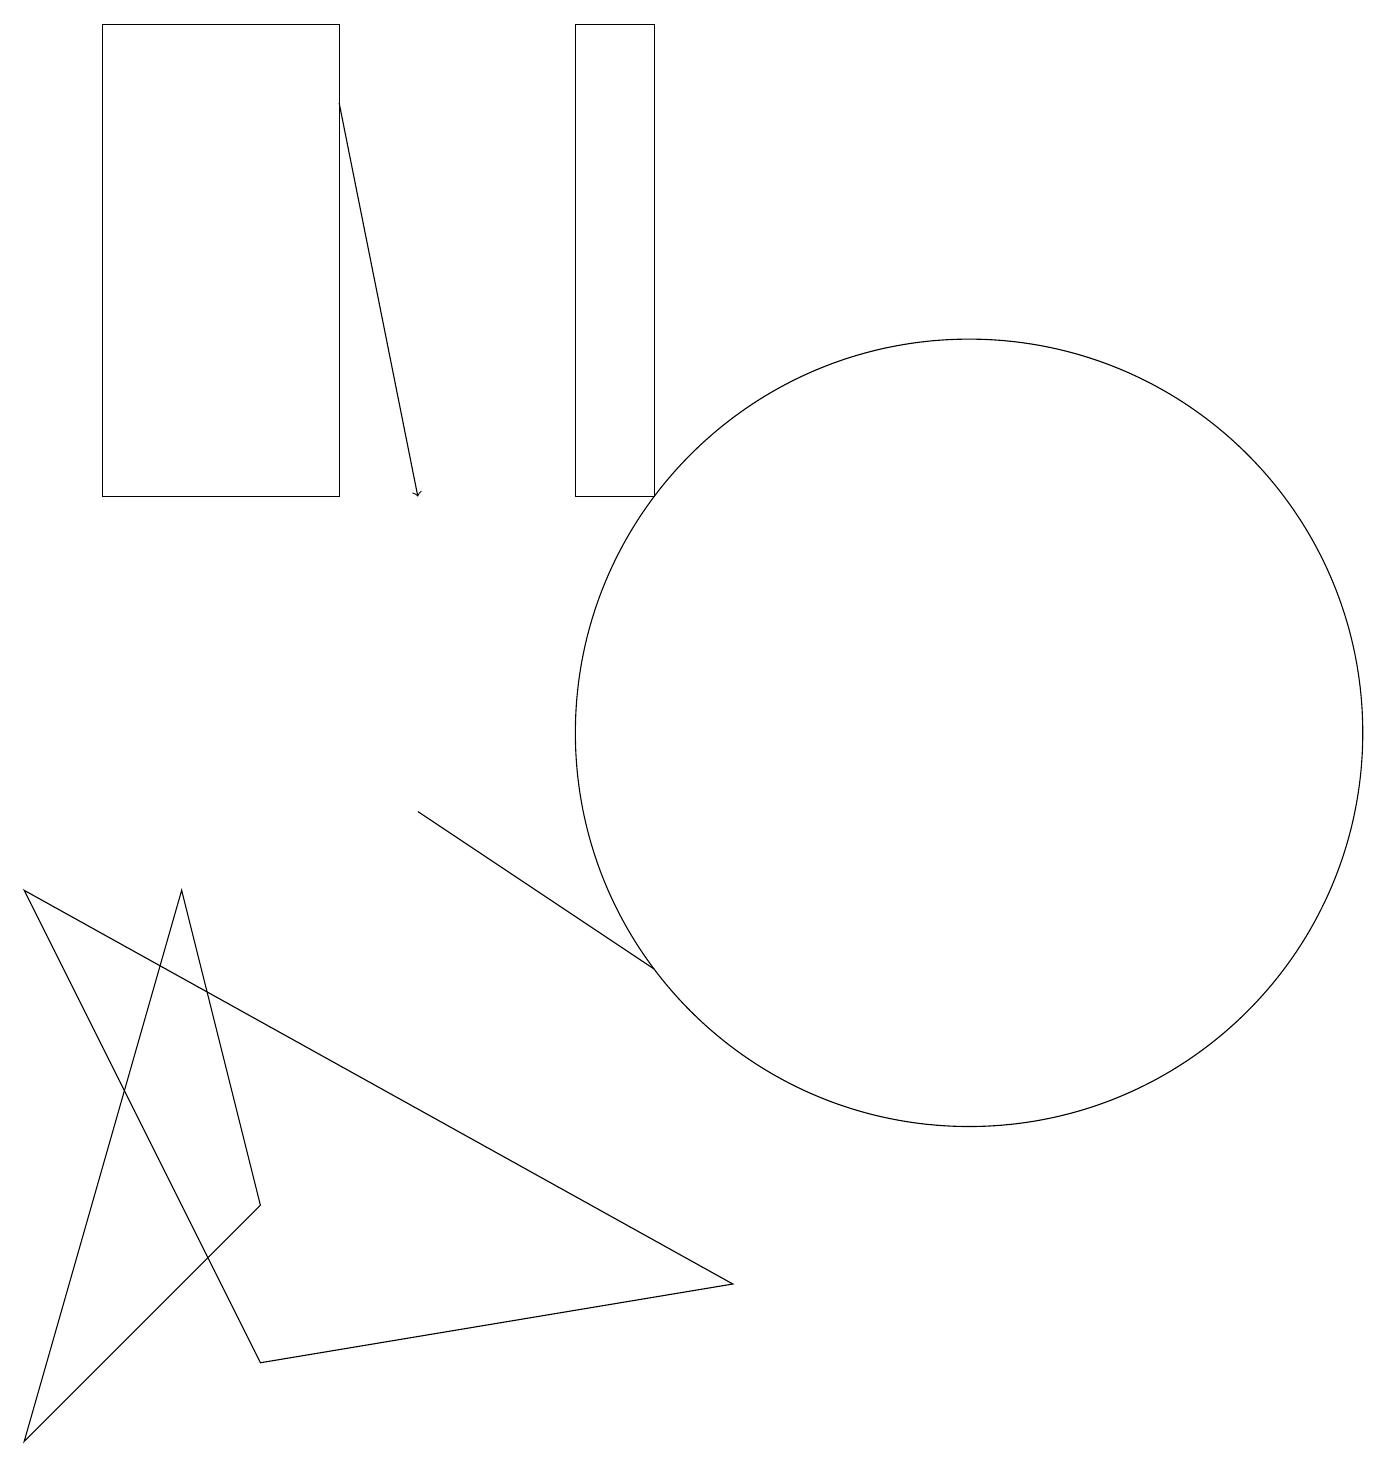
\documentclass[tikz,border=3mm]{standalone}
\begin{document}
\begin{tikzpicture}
\draw (12,10) circle (5);
\draw (8,13) rectangle (7,19);
\draw (0,8) -- (9,3) -- (3,2) -- cycle;
\draw (1,13) rectangle (4,19);
\draw (3,4) -- (0,1) -- (2,8) -- cycle;
\draw (5,9) -- (8,7) -- (8,7) -- cycle;
\draw[->] (4,18) -- (5,13);
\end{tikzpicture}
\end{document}